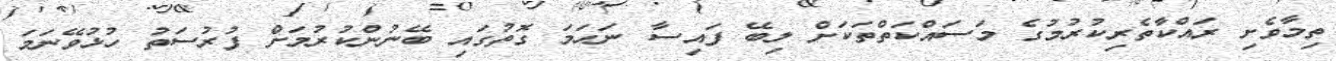
ތިމާވެށި ރައްކާތެރިކުރުމުގެ މަސައްކަތްތަކަށް ލިބޭ ފައިސާ ނަހަމަ ގޮތުގައި ބޭނުންކުރުމަށް ފުރުސަތު ހުޅުވޭނަމަ